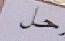
حل